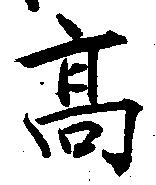
高